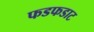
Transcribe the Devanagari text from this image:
फडफडाट